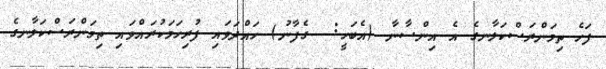
ފަހެ ތިމަންރަސްކަލާނގެ އެ އިންސާނާ (އެބަހީ:  ގެފާނު) ހައްދަވައި ފުރިހަމަކުރައްވައި ތިމަންރަސްކަލާނގެ